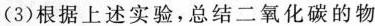
(3)根据上述实验，总结二氧化碳的物